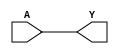
module BUF(A, Y);
  input A;
  output Y;
  assign Y = A;
endmodule

module NOT(A, Y);
  input A;
  output Y;
  assign Y = ~A;
endmodule

module NAND(A, B, Y);
  input A, B;
  output Y;
  assign Y = ~(A & B);
endmodule

module NOR(A, B, Y);
  input A, B;
  output Y;
  assign Y = ~(A | B);
endmodule

module DFF(C, D, Q);
  input C, D; 
  output reg Q;
  always @(posedge C) Q <= D;
endmodule